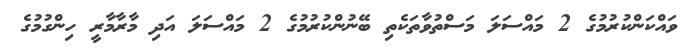
ވައްކަންކުރުމުގެ 2 މައްސަލަ މަސްތުވާތަކެތި ބޭނުންކުރުމުގެ 2 މައްސަލަ އަދި މާރާމާރީ ހިންގުމުގެ